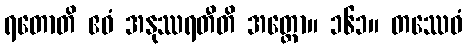
ရတောတိ ဧဝံ အနုဿရတီတိ အတ္ထော။ ၁၆၁။ တဿေဝံ